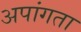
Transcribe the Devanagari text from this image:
अपांगता